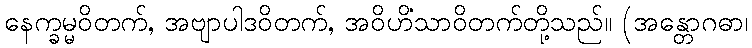
နေက္ခမ္မဝိတက်, အဗျာပါဒဝိတက်, အဝိဟိံသာဝိတက်တို့သည်။ (အန္တောဂဓာ၊